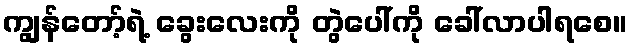
ကျွန်တော့်ရဲ့ ခွေးလေးကို တွဲပေါ်ကို ခေါ်လာပါရစေ။